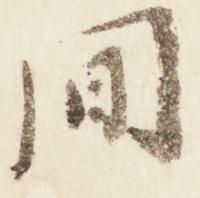
間